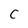
Character: C